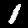
Label: 1